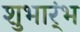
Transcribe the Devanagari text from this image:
शुभार्ंभ